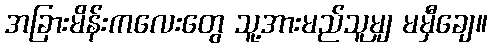
အခြားမိန်းကလေးတွေ သူ့အားမည်သူမျှ မမှီချေ။